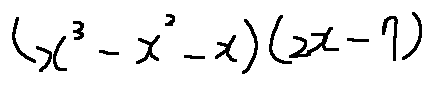
( x ^ { 3 } - x ^ { 2 } - x ) ( 2 x - 7 )